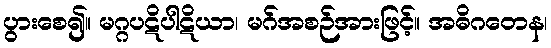
ပွားစေ၍။ မဂ္ဂပဋိပါဋိယာ၊ မဂ်အစဉ်အားဖြင့်။ အဓိဂတေန၊